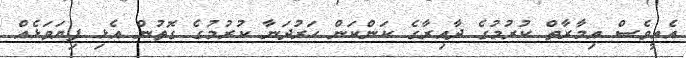
އެއީވެސް އިމާރާތް ކުރުމުގެ ދާއިރާގެ ކަންކަން ހަރުދަނާ ކުރުމުގެ ގޮތުން އެޅި ފިޔަވަޅެއް